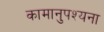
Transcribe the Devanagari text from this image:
कामानुपश्यना